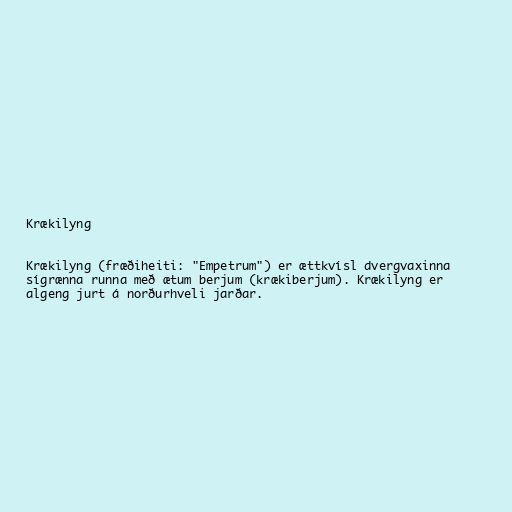
Krækilyng

Krækilyng (fræðiheiti: "Empetrum") er ættkvísl dvergvaxinna
sígrænna runna með ætum berjum (krækiberjum). Krækilyng er
algeng jurt á norðurhveli jarðar.